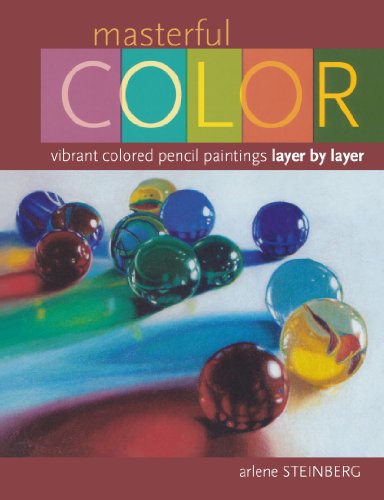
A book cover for Masterful Color: Vibrant Colored Pencil Paintings Layer by Layer; Arlene Steinberg; Arts & Photography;